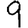
Digit: 9